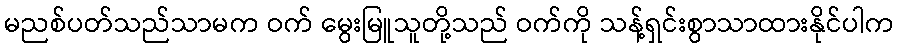
မညစ်ပတ်သည်သာမက ဝက် မွေးမြူသူတို့သည် ဝက်ကို သန့်ရှင်းစွာသာထားနိုင်ပါက